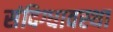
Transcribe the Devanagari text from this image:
संदिग्धावस्था